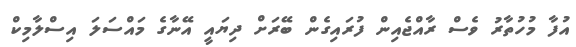
އުފާ މުހުތާރު ވެސް ރާއްޖެއިން ފުރައިގެން ބޭރަށް ދިޔައީ އޭނާގެ މައްސަަލަ އިސްލާމިކް